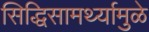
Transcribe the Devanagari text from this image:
सिद्धिसामर्थ्यामुळे